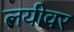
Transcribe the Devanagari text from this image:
लयीवर